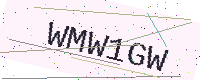
Text: WMW1GW